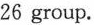
26 geoup